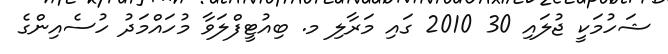
ޝަހުމަކީ ޖުލައި 30 2010 ގައި މަރާލި މ. ބިއުޓީފްލަވާ މުހައްމަދު ހުސެއިންގެ